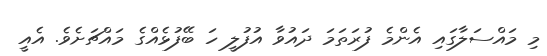
މި މައްސަލާގައި އެންމެ ފުރަތަމަ ދައުވާ އުފުލީ ހަ ބޭފުޅެއްގެ މައްޗަށެވެ. އެއީ